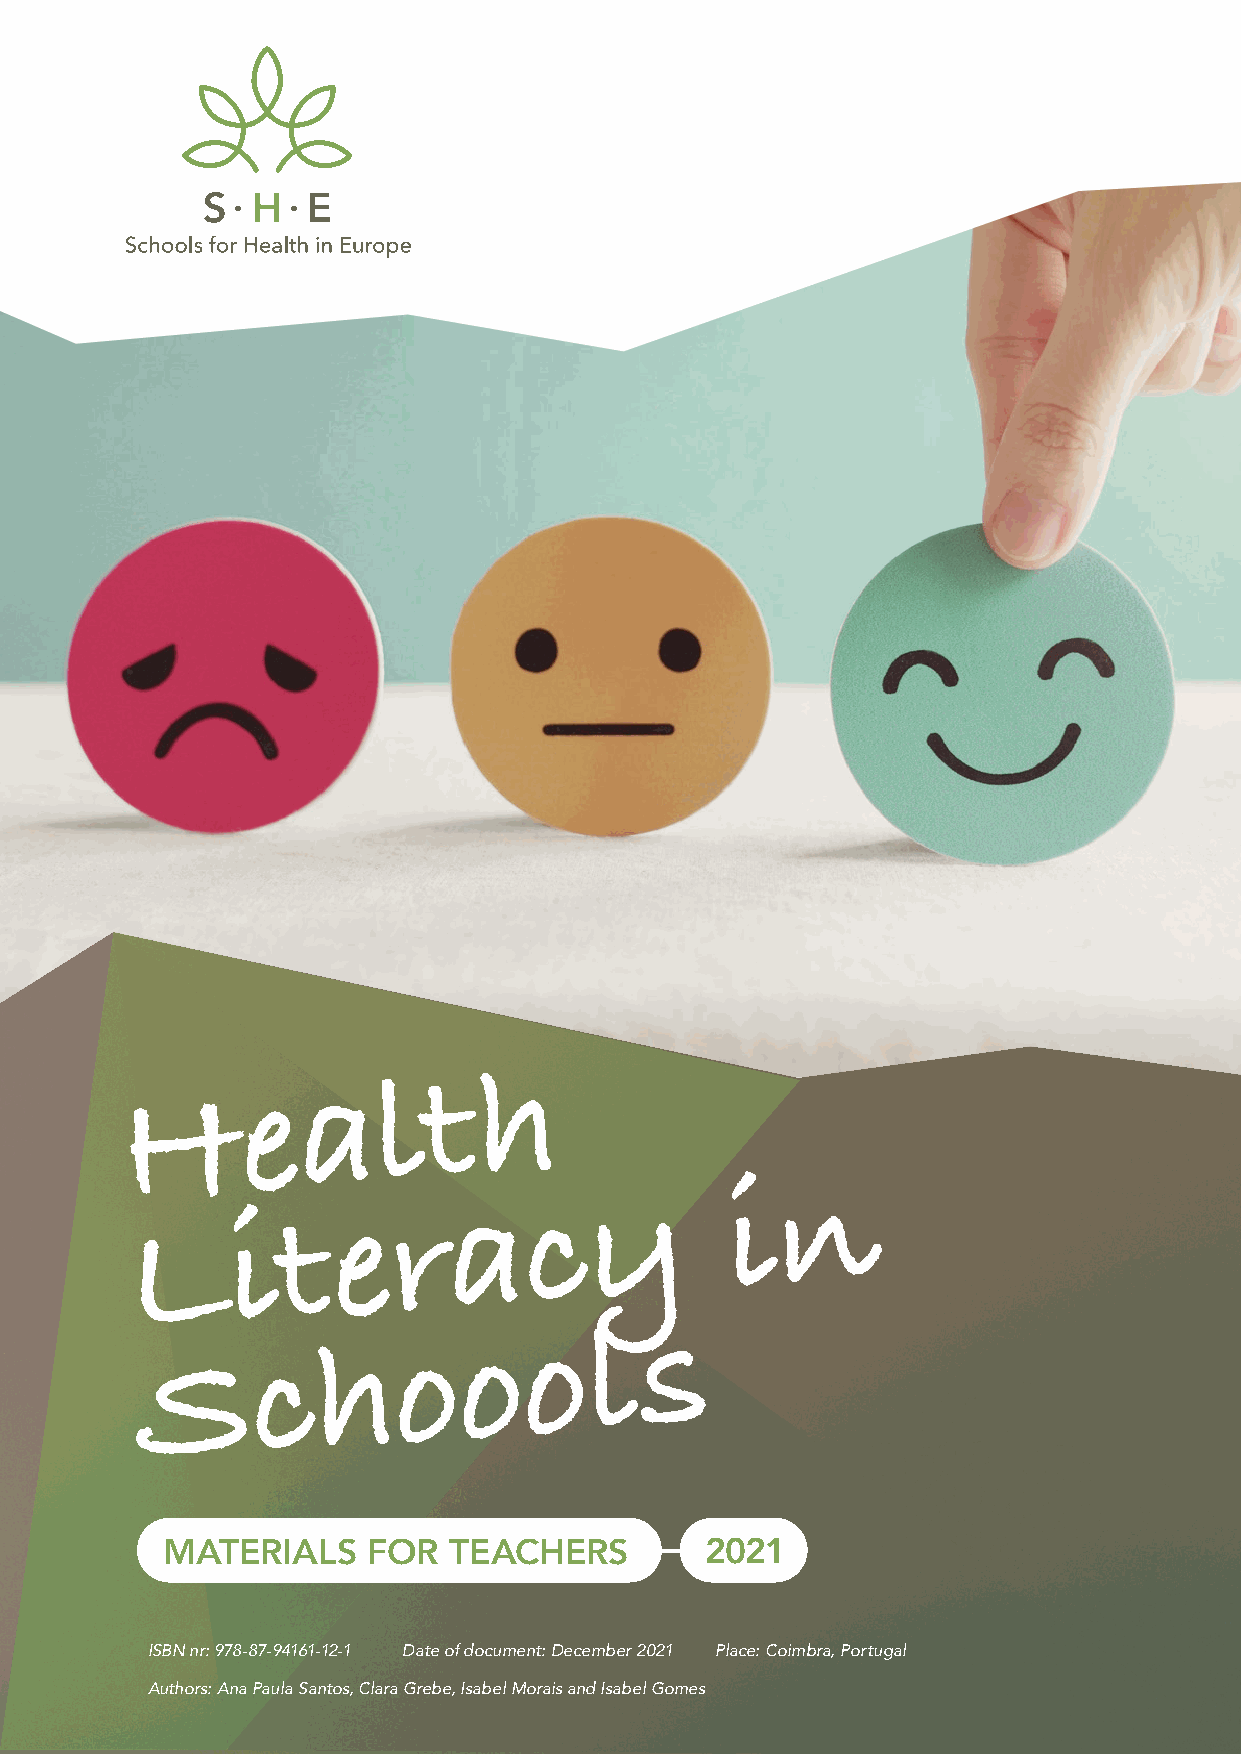
H       e
 al      t   h
 n
 y         i
 L      i  t  e   r
 ac
 S       c   h    o    o   o   l   s
 MATERIALS    FOR   TEACHERS         2021
 ISBN nr: 978-87-94161-12-1 Date of document: December 2021 Place: Coimbra, Portugal
 Authors: Ana Paula Santos, Clara Grebe, Isabel Morais and Isabel Gomes